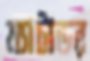
ম্যাটাডর